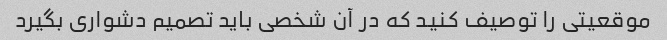
موقعیتی را توصیف کنید که در آن شخصی باید تصمیم دشواری بگیرد